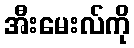
အီးမေးလ်ကို